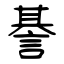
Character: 諅